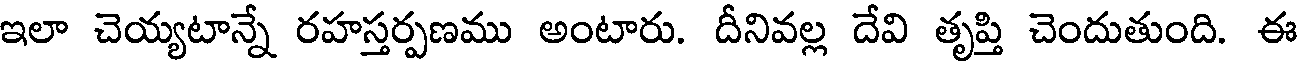
ఇలా చెయ్యటాన్నే రహస్తర్పణము అంటారు. దీనివల్ల దేవి తృప్తి చెందుతుంది. ఈ